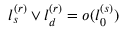
l _ { s } ^ { ( r ) } \vee l _ { d } ^ { ( r ) } = o ( l _ { 0 } ^ { ( s ) } )